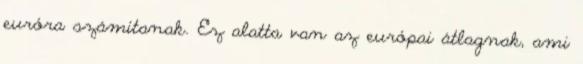
euróra számítanak. Ez alatta van az európai átlagnak, ami